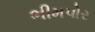
ભીમપોર